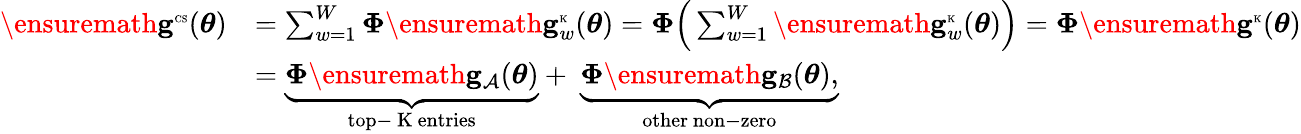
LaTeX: \begin{array}{rl}{\ensuremath{\mathbf{g}}^{\mathrm{\tiny\mathrm{\tiny{CS}}}}(\boldsymbol\theta)}&{=\sum_{w=1}^{W}\boldsymbol\Phi\ensuremath{\mathbf{g}}_{w}^{\mathrm{\tiny{K}}}(\boldsymbol\theta)=\boldsymbol\Phi\Big(\sum_{w=1}^{W}\ensuremath{\mathbf{g}}_{w}^{\mathrm{\tiny{K}}}(\boldsymbol\theta)\Big)=\boldsymbol\Phi\ensuremath{\mathbf{g}}^{\mathrm{\tiny{K}}}(\boldsymbol\theta)}\\ &{=\underbrace{\boldsymbol\Phi\ensuremath{\mathbf{g}}_{\mathcal{A}}(\boldsymbol\theta)}_{\mathrm{top-~K~entries}}+\ \underbrace{\boldsymbol\Phi\ensuremath{\mathbf{g}}_{\mathcal{B}}(\boldsymbol\theta),}_{\mathrm{other~non-zero}}}\end{array}